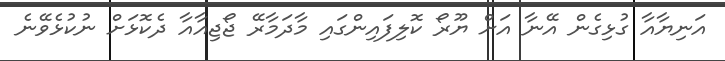
އަނިޔާއާ ގުޅިގެން އޭނާ އަށް ޔޫރޯ ކޮލިފައިންގައި މާދަމާރޭ ޖޯޖިއާއާ ދެކޮޅަށް ނުކުޅެވޭނެ